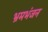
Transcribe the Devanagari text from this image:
भ्रमभंजन